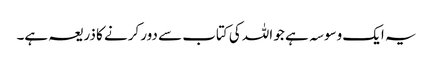
یہ ایک وسوسہ ہے جو اللہ کی کتاب سے دور کرنے کا ذریعہ ہے۔